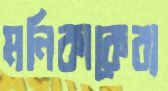
মনিকাকেব্য